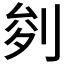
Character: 𭃧